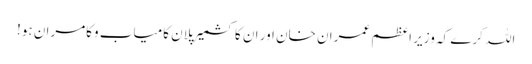
اللہ کرے کہ وزیر اعظم عمران خان اور ان کا کشمیر پلان کامیاب وکامران ہو!